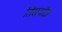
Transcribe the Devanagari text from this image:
तिसर्यांदा